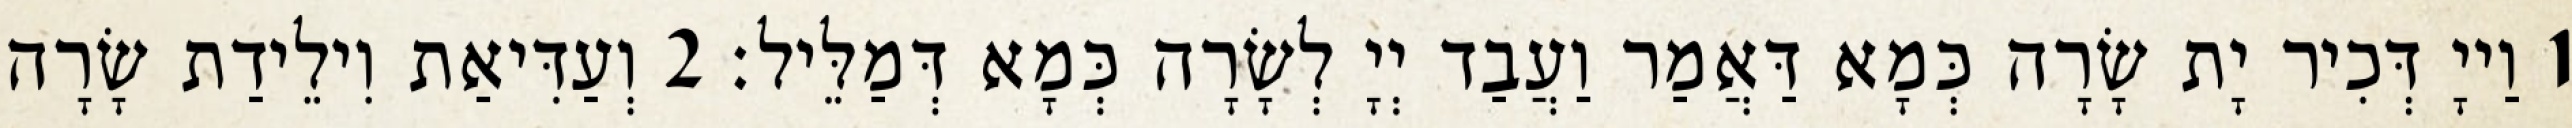
1 וַייָ דְּכִיר יָת שָׂרָה כְּמָא דַּאֲמַר וַעֲבַד יְיָ לְשָׂרָה כְּמָא דְּמַלֵּיל׃ 2 וְעַדִּיאַת וִילֵידַת שָׂרָה